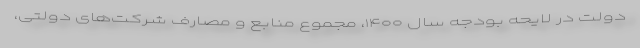
دولت در لایحه بودجه سال ۱۴۰۰، مجموع منابع و مصارف شرکت‌های دولتی،